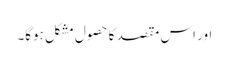
اور اس مقصد کا حصول مشکل ہوگا۔